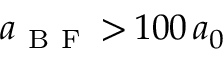
a _ { \mathrm { ~ B ~ F ~ } } \, { > } \, 1 0 0 \, a _ { 0 }